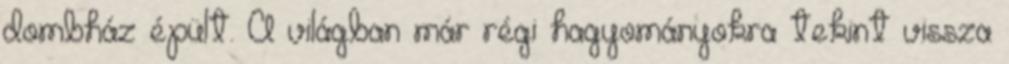
dombház épült. A világban már régi hagyományokra tekint vissza